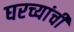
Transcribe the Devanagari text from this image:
घरच्यांची